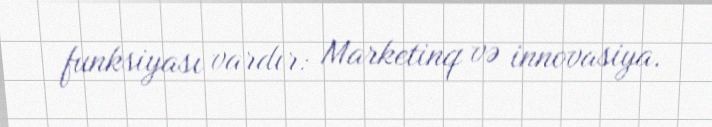
funksiyası vardır: Marketinq və innovasiya.